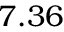
7 . 3 6